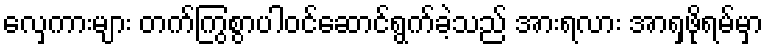
လှေကားများ တက်ကြွစွာပါဝင်ဆောင်ရွက်ခဲ့သည် အားရလား အာရှဖိုရမ်မှာ